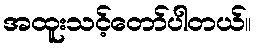
အထူးသင့်တော်ပါတယ်။